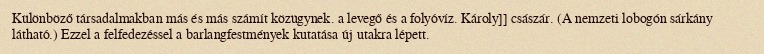
Különböző társadalmakban más és más számít közügynek. a levegő és a folyóvíz. Károly]] császár. (A nemzeti lobogón sárkány látható.) Ezzel a felfedezéssel a barlangfestmények kutatása új utakra lépett.